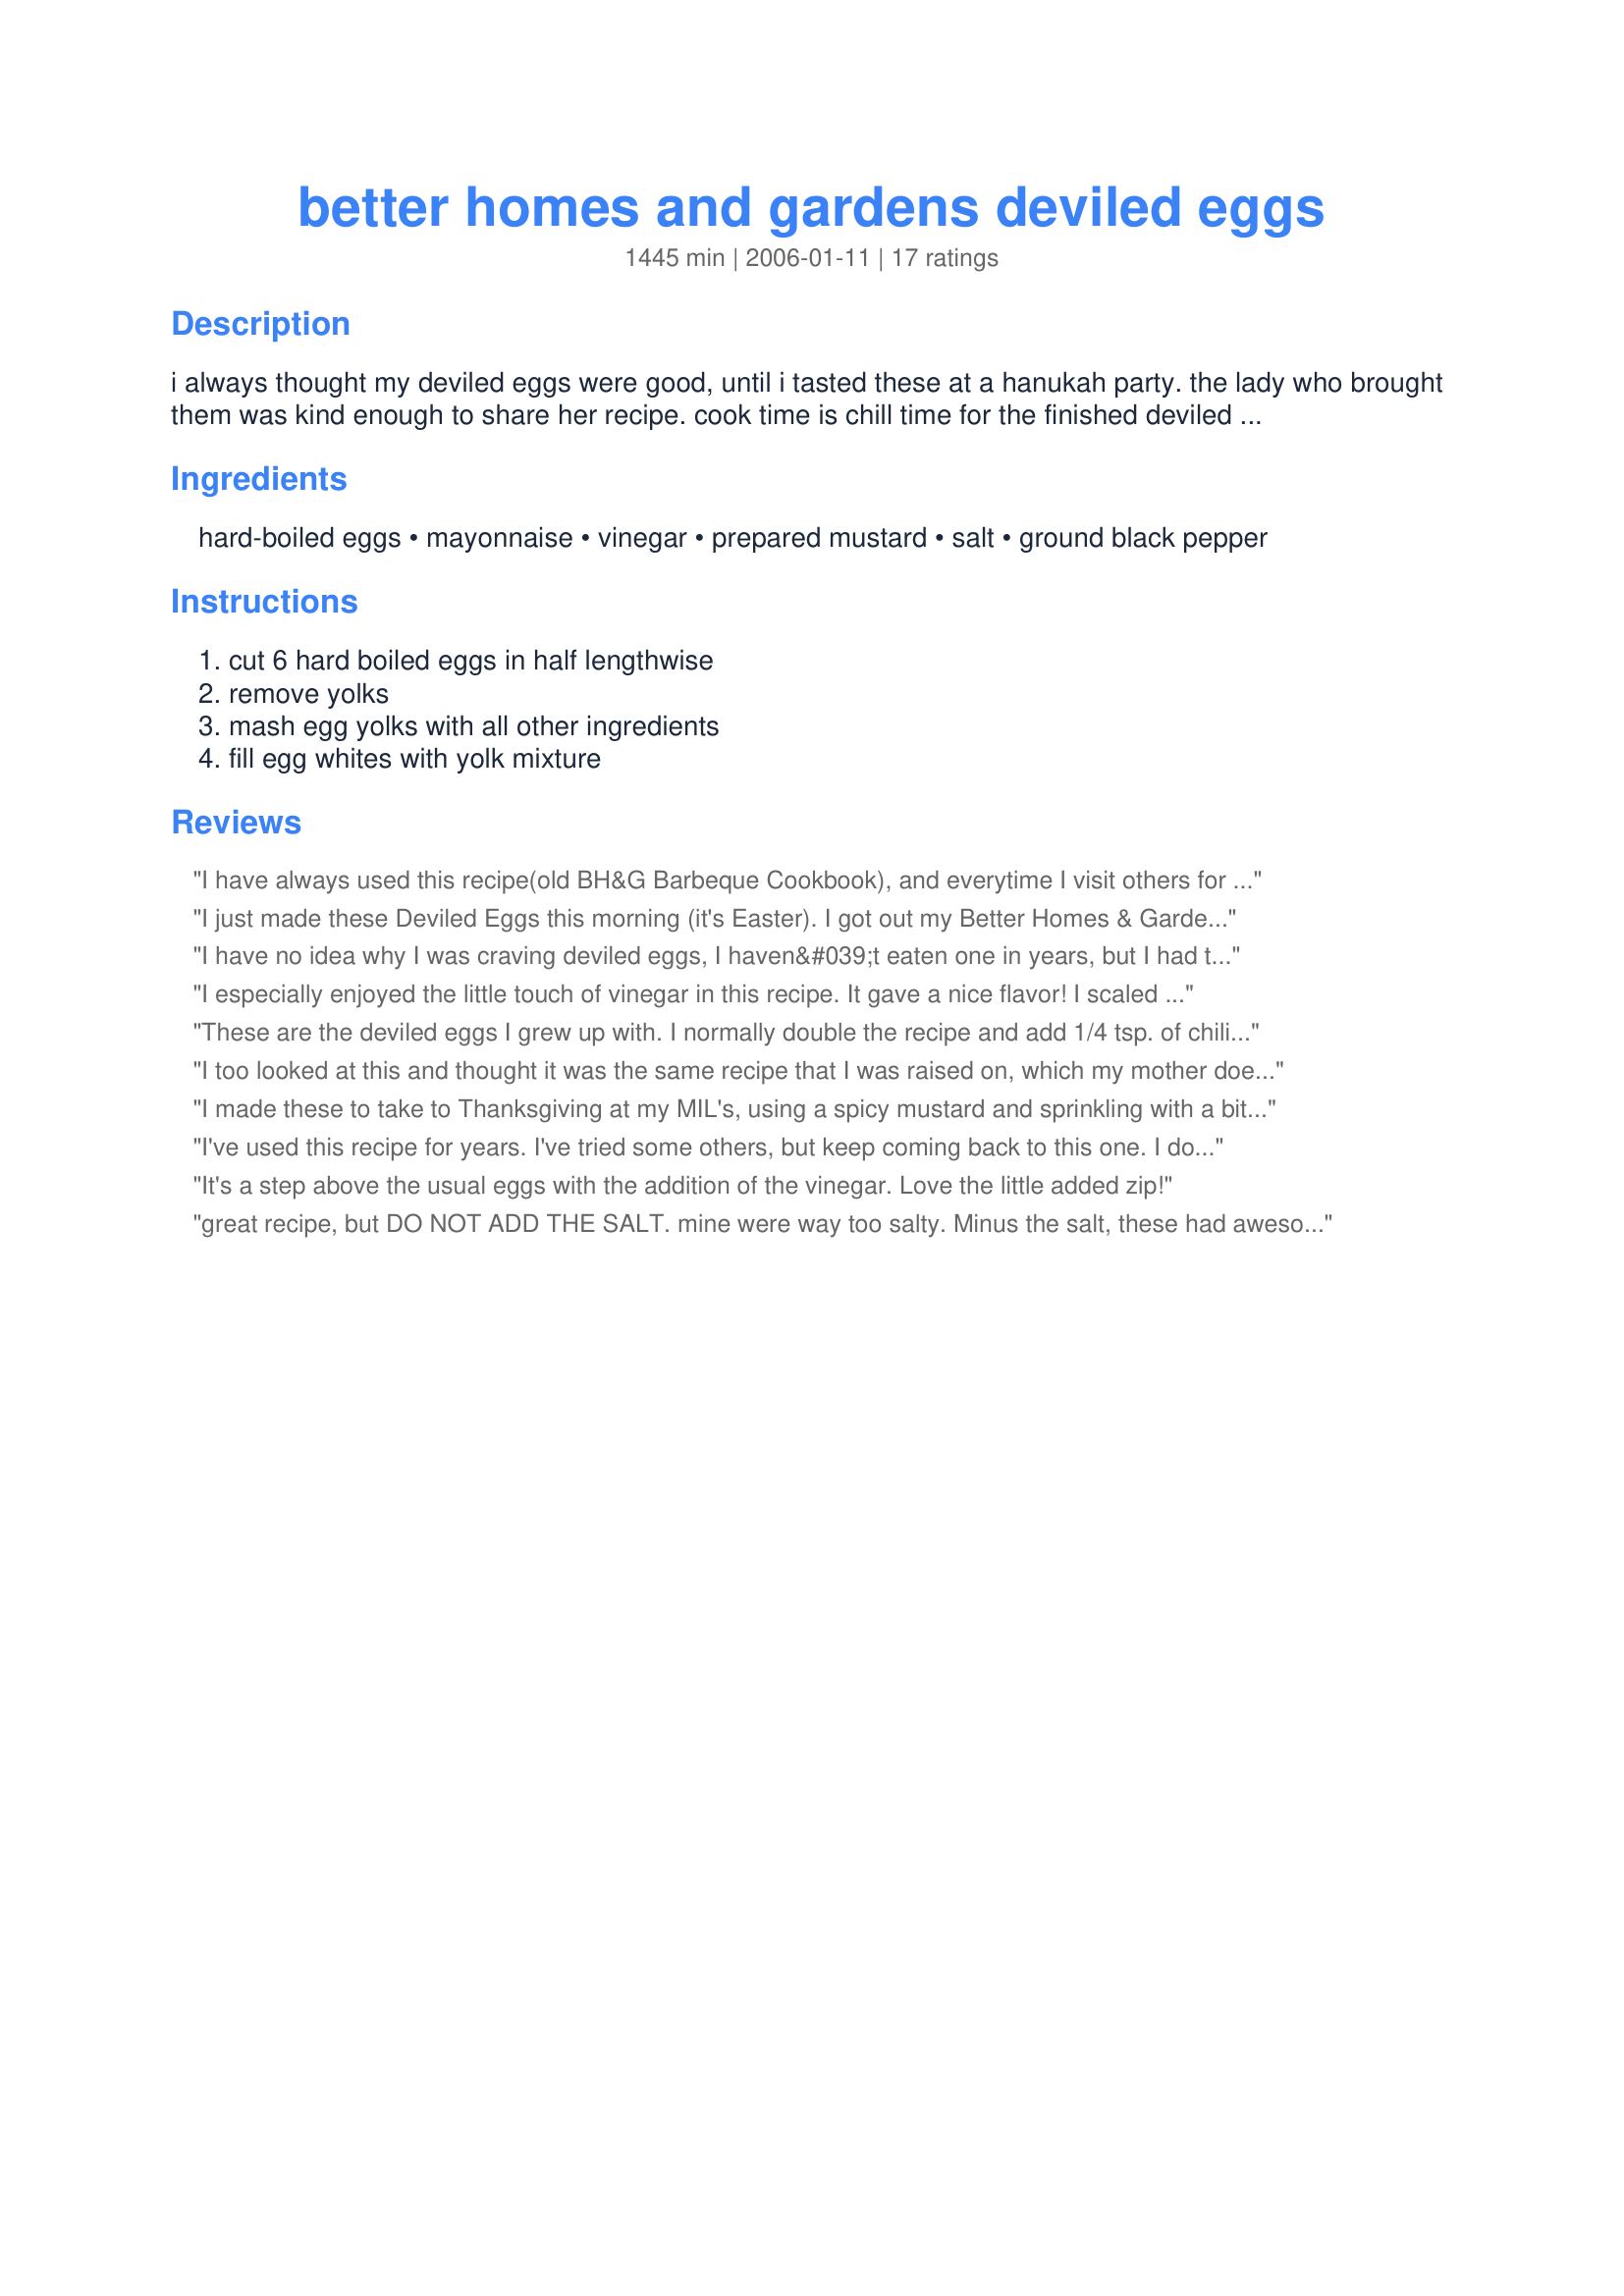
better homes and gardens deviled eggs
Preparation time: 1445 minutes

i always thought my deviled eggs were good, until i tasted these at a hanukah party. the lady who brought them was kind enough to share her recipe. cook time is chill time for the finished deviled eggs.

Ingredients:
hard-boiled eggs, mayonnaise, vinegar, prepared mustard, salt, ground black pepper

Steps:
cut 6 hard boiled eggs in half lengthwise, remove yolks, mash egg yolks with all other ingredients, fill egg whites with yolk mixture

Reviews:
I have always used this recipe(old BH&G Barbeque Cookbook), and everytime I visit others for the holidays...their's are just not the same. I have been begged to make these for my work functions, and holidays! I used Mircle Whip for the mayo and its just great!
I just made these Deviled Eggs this morning (it's Easter). I got out my Better Homes & Gardens Cookbook. FYI - there is a typo in this recipe. The cookbook only calls for 1/8 tsp salt. That's probably why so many people have reviewed and called this recipe "salty."
I have no idea why I was craving deviled eggs, I haven&#039;t eaten one in years, but I had to make them and I&#039;m so glad I chose this recipe. So simple and tasty. I topped with just a tad of paprika and dried parsley. Thanks for posting the recipe.
I especially enjoyed the little touch of vinegar in this recipe. It gave a nice flavor! I scaled the recipe down to 2 eggs. Thanks for a nice deviled egg recipe! Made for New Kids on the Block game.
These are the deviled eggs I grew up with. I normally double the recipe and add 1/4 tsp. of chili powder. This is a sure fire favorite.
I too looked at this and thought it was the same recipe that I was raised on, which my mother doesn't measure anything, so anything I got from her is a guess. You taste and add. So I thought great in a hurry I will use this. Well I was suprised at how salty this was. That is my only complaint, otherwise was good. But then I realized mom used a little bit of sugar and went back and added that. I would just say the salt is a little heavy handed. I also doubled the recipe for a larger crowd. Thanx
I made these to take to Thanksgiving at my MIL's, using a spicy mustard and sprinkling with a bit of paprika. I didn't even get one - so I'm basing my review on DH's thoughts (he loves deviled eggs). He thought they were very good but could've used additional "spice" of some sort. This is a good basic recipe, with the perfect amount of mayo to give it creaminess but not be too much.
I've used this recipe for years. I've tried some others, but keep coming back to this one. I do add about 1/8 t. of Worcestershire sauce -- it wasn't called for in the original recipe -- it's just something I tried (and liked). I've shared this recipe with a lot of my friends -- and everyone has agreed -- these are great and disappear FAST!
It's a step above the usual eggs with the addition of the vinegar. Love the little added zip!
great recipe, but DO NOT ADD THE SALT. mine were way too salty. Minus the salt, these had awesome flavor.
Yum! Yum! Yum! This is a great recipe, I adored, adored, the wonderful vinegar in this recipe. It was perfect, I didn't change one thing about this recipe, cause' it's perfect the way it is. Dotted tops with paprika ~ and fresh parsley. YUM! Thanks for posting....
This recipe doesn’t include the very important art of boiling eggs. Google how to perfect hard boiling eggs. It’s well worth the effort. I make fabulous deviled eggs and the perfect boiled eggs are the start. Not hard to do but essential techniques
These are the worst deviled eggs I have ever tasted. Way way way too much salt, and also too much vinegar. Yuck. A dozen eggs in the garbage.
This is the recipe my mom used to make. In fact I still have her old 1940's Better Homes and Garden Cookbook. I have made these for years and they are always a hit. I omit the salt as the mustard adds the right amount of saltiness.
Really good deviled eggs. I don't care for relish or sweetness in my deviled eggs, and these are perfect for me. I prepared these using Perfect Hard Boiled Eggs (Technique) Recipe #138082 and had very golden yolks. I had to do the traditional sprinkling with paprika before I served these at my Super Bowl party. 

I have had this recipe for years from an old BHG cookbook. It has always been a HIT and I bring them by request to several functions. There is one BIG difference and that is for 6 eggs you use 1/8 tsp of SALT. I think this one needs a redo on that ingredient.
I&#039;ve been using this recipe for over 20 yrs. It&#039;s my go-to for deviled eggs. Why fix what isn&#039;t broken? The family loves them and I find them fast and easy to make.
